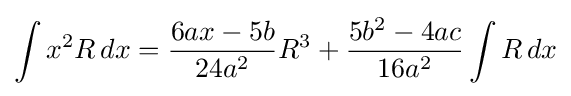
\int x^{2}R\,dx={\frac {6ax-5b}{24a^{2}}}R^{3}+{\frac {5b^{2}-4ac}{16a^{2}}}\int R\,dx